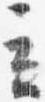
立